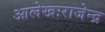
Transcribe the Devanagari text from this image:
आलेखःराजेन्द्र